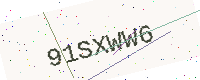
Text: 91SXWW6